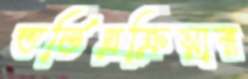
ভর্তিপ্রক্রিয়ার